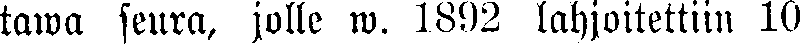
tawa seura, jolle w. 1892 lahjoitettiin 10